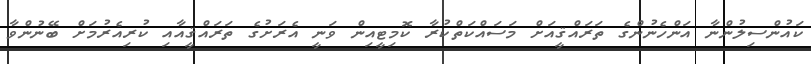
ކައުންސިލުންނާ އަންހެނުންގެ ތަރައްޤީއަށް މަސައްކަތްކުރާ ކޮމިޓީއިން ވަނީ އެރަށުގެ ތަރައްޤީއާއި ކުރިއެރުމަށް ބޭނުންވާ